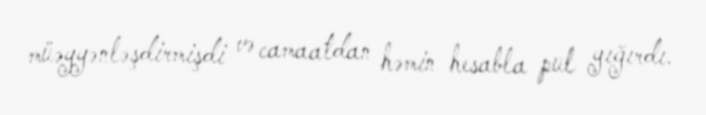
müəyyənləşdirmişdi və camaatdan həmin hesabla pul yığırdı.